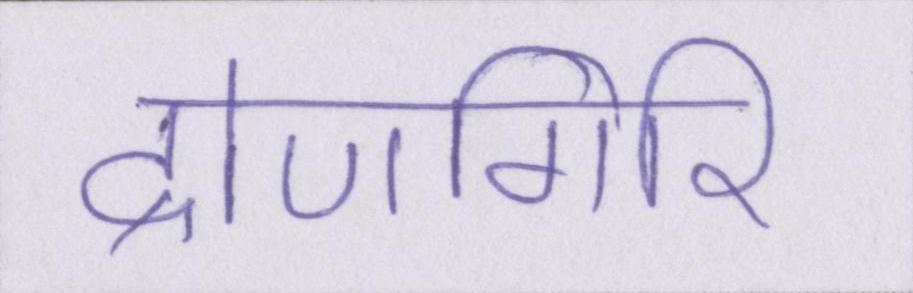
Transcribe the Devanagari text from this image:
द्रोणगिरि